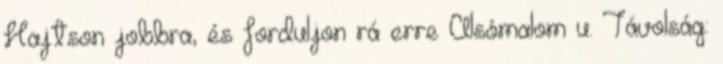
Hajtson jobbra, és forduljon rá erre Alsómalom u. Távolság: